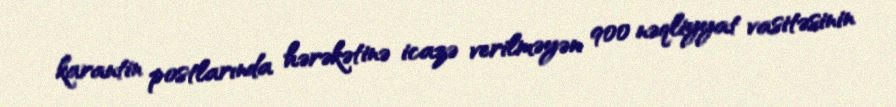
karantin postlarında hərəkətinə icazə verilməyən 900 nəqliyyat vasitəsinin